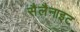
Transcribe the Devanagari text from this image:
सैलैनाइट